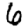
Digit: 6